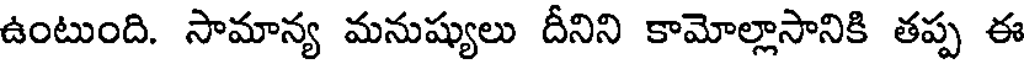
ఉంటుంది. సామాన్య మనుష్యులు దీనిని కామోల్లాసానికి తప్ప ఈ